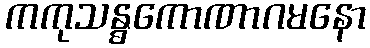
ကကုသန္ဓကောဏာဂမနော